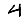
Digit: 4